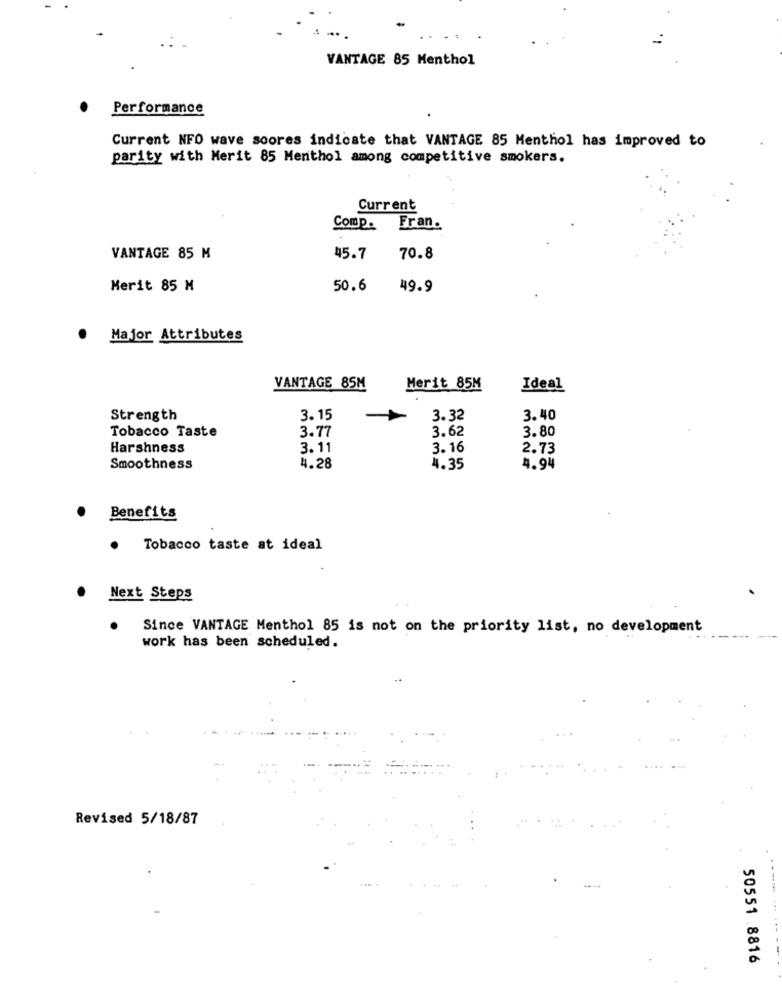
VANTAGE 85 Menthol
Performance
Current NFO wave scores indicate that VANTAGE 85 Menthol has improved to
parity with Merit 85 Menthol among competitive smokers.
Current
Comp. Fran.
VANTAGE 85 M
45.7
70.8
Merit 85 M
50.6
49.9
Major Attributes
VANTAGE 85M
Merit 85M
Ideal
Strength
3.15
3.32
3.40
3.77
Tobacco Taste
3.62
3.80
Harshness
3.11
3.16
2.73
Smoothness
4.28
4.35
4.94
Benefits
.
Tobacco taste at ideal
Next Steps
Since VANTAGE Menthol 85 is not on the priority list, no development
work has been scheduled.
Revised 5/18/87
50551 .8816